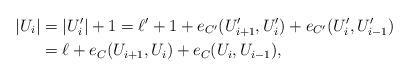
LaTeX: \begin{align*}|U_i|&=|U_i'|+1=\ell'+1 +e_{C'}(U_{i+1}', U_i')+e_{C'}(U_i', U_{i-1}')\\&=\ell+e_C(U_{i+1}, U_i)+e_C(U_i, U_{i-1}),\end{align*}